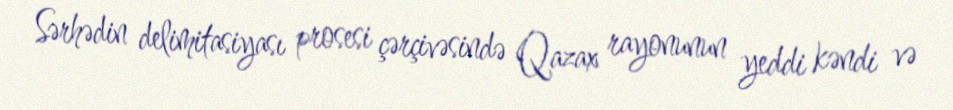
Sərhədin delimitasiyası prosesi çərçivəsində Qazax rayonunun yeddi kəndi və